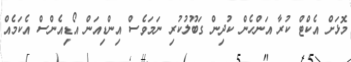
މޮޅަށް އެކްޓް ކުރާ އަންހެން ކުދިން ގަބޫލުކުރި ނަމަވެސް އިންޑިއަން އޯޑިއެންސް އެކަމެއް